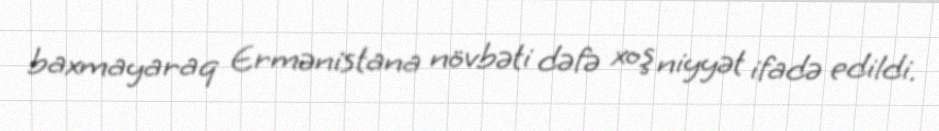
baxmayaraq Ermənistana növbəti dəfə xoş niyyət ifadə edildi.